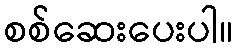
စစ်ဆေးပေးပါ။